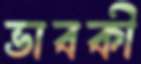
ভাবকী